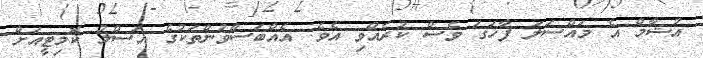
އުޝާމް އެ މައްސަލަ ފާހަގަ ވެސް ކުރެއްވި އެވެ. އެއްބަސްވުންތަކުގެ އަސްލު ކޮމިޓީއަށް